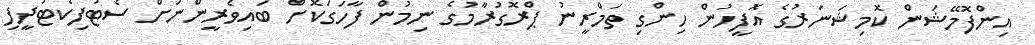
އިންފޮމޭޝަން ކޮމިޝަނަރުގެ އޮފީހުން ހިންގި ތަމްރީނު ޕްރޮގުރާމުގެ ނިމުން ފާހަގަކޮށް ބައިވެރީންނަށް ސެޓުފިކެޓުދީފި